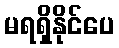
မရရှိနိုင်ပေ